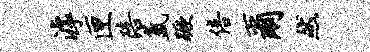
滹匣陪氲蹶倍尔然